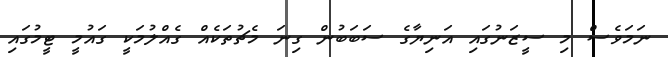
ނަމަވެސް މި ސީޒަނުގައި އަނިޔާގެ ސަބަބުން ގިނަ މެޗުތަކެއް ގެއްލުމަކީ ގައުމީ ޓީމުގައި